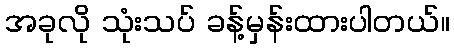
အခုလို သုံးသပ် ခန့်မှန်းထားပါတယ်။